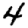
Digit: 4